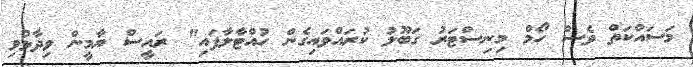
މަސައްކަތް ވެސް ހޯމް މިނިސްޓަރު ގަބޫލު ކުރައްވައިގެން ހުއްޓާލާފައި" ރައީސް ޔާމީން ވިދާޅުވި